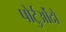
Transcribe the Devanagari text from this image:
पोर्टुओंदो